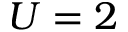
U = 2